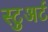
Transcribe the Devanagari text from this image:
स्‍टुअर्ट